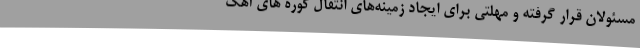
مسئولان قرار گرفته و مهلتی برای ایجاد زمینه‌های انتقال کوره های آهک